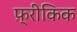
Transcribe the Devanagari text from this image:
फ़्रीकिक